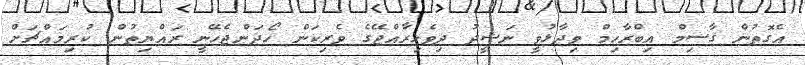
އެގޮތުން ޤާސިމް އިބްރާހިމް ވިދާޅުވީ ނަޝީދު ދިވެހިރާއްޖޭގެ ވެރިކަން ހޯދަންޖެހޭނީ ރައްޔިތުން ކުރިމައްޗަށް